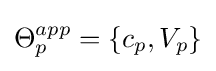
\Theta _{p}^{app}=\{c_{p},V_{p}\}